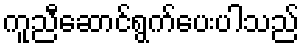
ကူညီဆောင်ရွက်ပေးပါသည်